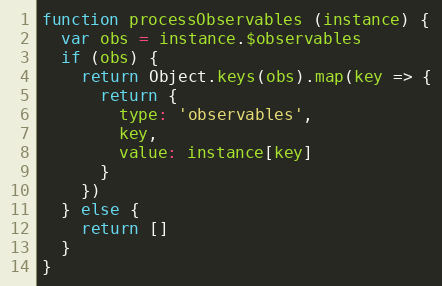
Language: JavaScript
function processObservables (instance) {
  var obs = instance.$observables
  if (obs) {
    return Object.keys(obs).map(key => {
      return {
        type: 'observables',
        key,
        value: instance[key]
      }
    })
  } else {
    return []
  }
}